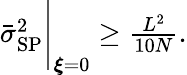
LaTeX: \begin{array}{r}{\bar{\sigma}_{\mathrm{SP}}^{2}\Bigg|_{{\boldsymbol\xi}=0}\geq\frac{L^{2}}{10N}.}\end{array}